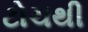
ટોચથી